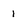
Character: 1